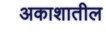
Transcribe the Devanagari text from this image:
अकाशातील